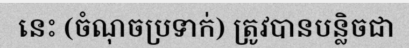
នេះ (ចំណុចប្រទាក់) ត្រូវបានបន្លិចជា